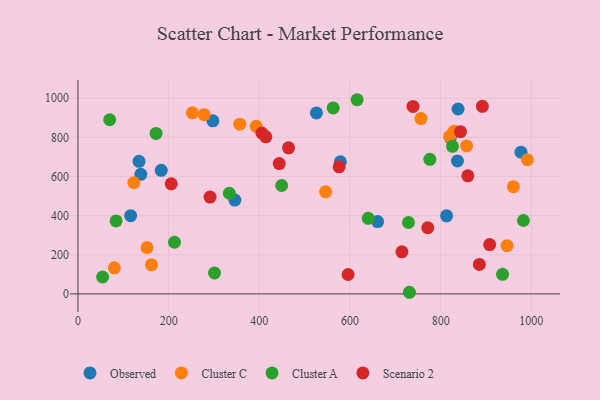
{"axis": {"x": "Study Hours", "y": "Sales"}, "legend": ["Cluster A", "Cluster C", "Observed", "Scenario 2"], "data": [{"x": "977.1", "y": 724.1, "type": "Observed"}, {"x": "578.7", "y": 674.7, "type": "Observed"}, {"x": "346.1", "y": 479.5, "type": "Observed"}, {"x": "116.2", "y": 399.9, "type": "Observed"}, {"x": "813.0", "y": 399.1, "type": "Observed"}, {"x": "660.9", "y": 369.4, "type": "Observed"}, {"x": "837.0", "y": 679.1, "type": "Observed"}, {"x": "821.3", "y": 797.5, "type": "Observed"}, {"x": "183.7", "y": 631.5, "type": "Observed"}, {"x": "838.4", "y": 944.7, "type": "Observed"}, {"x": "297.6", "y": 884.3, "type": "Observed"}, {"x": "138.6", "y": 611.2, "type": "Observed"}, {"x": "525.9", "y": 924.9, "type": "Observed"}, {"x": "134.7", "y": 677.3, "type": "Observed"}, {"x": "162.1", "y": 148.7, "type": "Cluster C"}, {"x": "546.2", "y": 521.5, "type": "Cluster C"}, {"x": "252.3", "y": 925.4, "type": "Cluster C"}, {"x": "278.5", "y": 915.6, "type": "Cluster C"}, {"x": "80.3", "y": 133.4, "type": "Cluster C"}, {"x": "756.6", "y": 895.7, "type": "Cluster C"}, {"x": "819.8", "y": 804.7, "type": "Cluster C"}, {"x": "123.2", "y": 568.4, "type": "Cluster C"}, {"x": "960.3", "y": 547.9, "type": "Cluster C"}, {"x": "991.2", "y": 685.6, "type": "Cluster C"}, {"x": "946.4", "y": 246.4, "type": "Cluster C"}, {"x": "356.8", "y": 867.2, "type": "Cluster C"}, {"x": "857.2", "y": 756.1, "type": "Cluster C"}, {"x": "829.4", "y": 831.0, "type": "Cluster C"}, {"x": "393.1", "y": 856.2, "type": "Cluster C"}, {"x": "152.3", "y": 236.5, "type": "Cluster C"}, {"x": "301.2", "y": 106.7, "type": "Cluster A"}, {"x": "172.3", "y": 820.0, "type": "Cluster A"}, {"x": "449.3", "y": 554.0, "type": "Cluster A"}, {"x": "728.9", "y": 364.8, "type": "Cluster A"}, {"x": "936.5", "y": 100.2, "type": "Cluster A"}, {"x": "826.0", "y": 754.0, "type": "Cluster A"}, {"x": "333.9", "y": 514.4, "type": "Cluster A"}, {"x": "70.0", "y": 890.0, "type": "Cluster A"}, {"x": "562.9", "y": 950.4, "type": "Cluster A"}, {"x": "776.1", "y": 687.4, "type": "Cluster A"}, {"x": "212.9", "y": 264.0, "type": "Cluster A"}, {"x": "640.2", "y": 386.3, "type": "Cluster A"}, {"x": "84.1", "y": 372.7, "type": "Cluster A"}, {"x": "54.4", "y": 86.4, "type": "Cluster A"}, {"x": "982.5", "y": 375.1, "type": "Cluster A"}, {"x": "615.7", "y": 992.2, "type": "Cluster A"}, {"x": "731.0", "y": 8.3, "type": "Cluster A"}, {"x": "843.6", "y": 828.7, "type": "Scenario 2"}, {"x": "205.7", "y": 562.7, "type": "Scenario 2"}, {"x": "291.3", "y": 494.9, "type": "Scenario 2"}, {"x": "464.5", "y": 746.3, "type": "Scenario 2"}, {"x": "771.5", "y": 337.9, "type": "Scenario 2"}, {"x": "859.9", "y": 603.1, "type": "Scenario 2"}, {"x": "908.0", "y": 252.2, "type": "Scenario 2"}, {"x": "714.5", "y": 214.8, "type": "Scenario 2"}, {"x": "891.9", "y": 958.3, "type": "Scenario 2"}, {"x": "576.0", "y": 649.5, "type": "Scenario 2"}, {"x": "414.3", "y": 802.5, "type": "Scenario 2"}, {"x": "738.9", "y": 958.1, "type": "Scenario 2"}, {"x": "443.9", "y": 665.9, "type": "Scenario 2"}, {"x": "595.8", "y": 99.0, "type": "Scenario 2"}, {"x": "405.5", "y": 822.1, "type": "Scenario 2"}, {"x": "885.3", "y": 150.6, "type": "Scenario 2"}]}